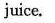
juice.